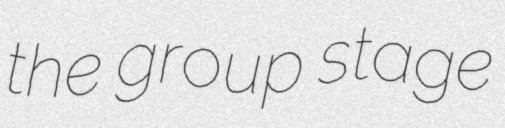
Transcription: the group stage